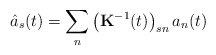
\begin{align*}\hat a_s(t)=\sum_n\left( {\bf K}^{-1}(t)\right)_{sn}a_n(t)\end{align*}